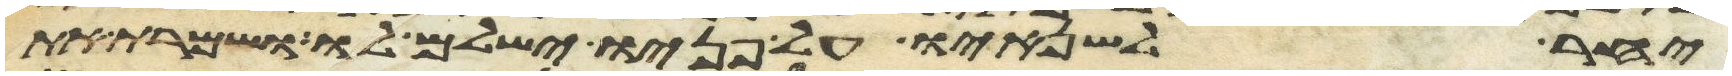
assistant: יאחר לשנאיו על פניו ישלם לו ושמרת את